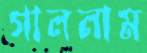
গাললাম